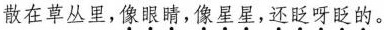
散在草丛里,\underset{·}{像}\underset{·}{眼}\underset{·}{睛},\underset{·}{像}\underset{·}{星}\underset{·}{星},\underset{·}{还}\underset{·}{眨}\underset{·}{呀}\underset{·}{眨}\underset{·}{的}。